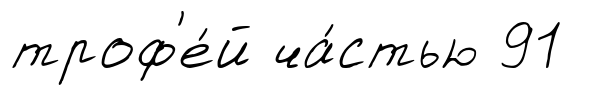
троф'е́й ча́стью 91